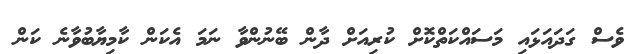
ވެސް ގަދައަޅައި މަސައްކަތްކޮށް ކުރިއަށް ދާން ބޭނުންވާ ނަމަ އެކަން ކާމިޔާބުވާނެ ކަން